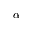
\alpha